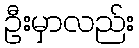
ဦးမှာလည်း